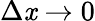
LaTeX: \Delta\mathit{x}\to0